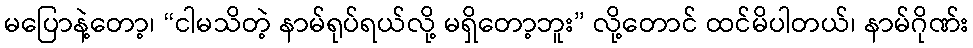
မပြောနဲ့တော့၊ “ငါမသိတဲ့ နာမ်ရုပ်ရယ်လို့ မရှိတော့ဘူး” လို့တောင် ထင်မိပါတယ်၊ နာမ်ဂိုဏ်း